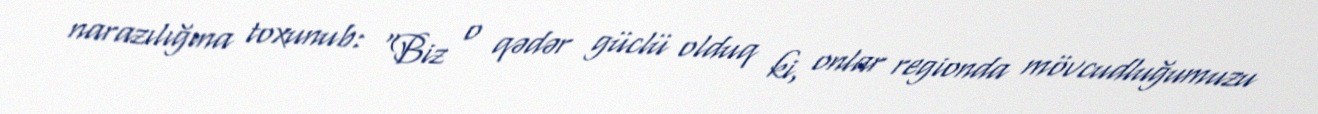
narazılığına toxunub: “Biz o qədər güclü olduq ki, onlar regionda mövcudluğumuzu